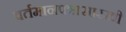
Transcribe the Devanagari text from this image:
वर्तमानपत्रासारखी